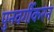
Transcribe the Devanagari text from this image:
पुनवर्गीकरन